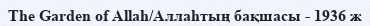
The Garden of Allah/Аллаһтың бақшасы - 1936 ж